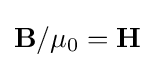
\mathbf {B} /\mu _{0}=\mathbf {H}